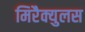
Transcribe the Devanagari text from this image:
मिरैक्युलस